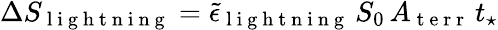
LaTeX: \Delta S_{\mathrm{~l~i~g~h~t~n~i~n~g~}}=\tilde{\epsilon}_{\mathrm{~l~i~g~h~t~n~i~n~g~}}\, S_{0}\, A_{\mathrm{~t~e~r~r~}}\, t_{\star}